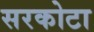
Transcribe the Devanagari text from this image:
सरकोटा